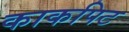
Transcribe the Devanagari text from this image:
काकपिट